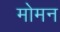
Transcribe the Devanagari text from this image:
मोमन